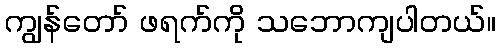
ကျွန်တော် ဖရက်ကို သဘောကျပါတယ်။